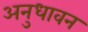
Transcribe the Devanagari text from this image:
अनुधावन